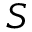
S